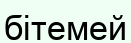
бітемей